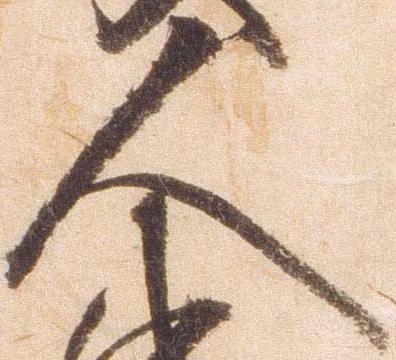
人